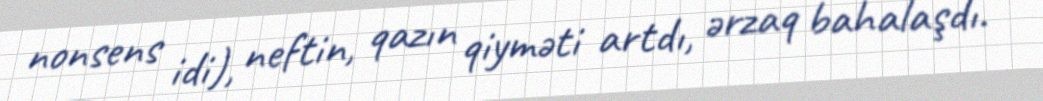
nonsens idi), neftin, qazın qiyməti artdı, ərzaq bahalaşdı.